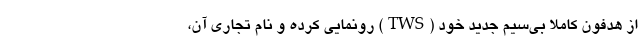
از هدفون کاملا بی‌سیم جدید خود (TWS) رونمایی کرده و نام تجاری آن،